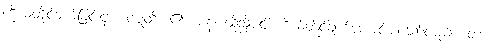
ကိုယ်တိုင်ချက်ခြင်းငှာ။ ဝဋ္ဋတိ၊ ၏။ ပန၊ ထိုသို့ပင် ကိုယ်တိုင်ချက်ကောင်းပါသော်လည်း။ တံ၊